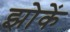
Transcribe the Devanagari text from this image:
झोकें